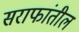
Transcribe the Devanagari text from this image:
सराफांतील